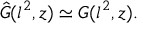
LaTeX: \hat { G } ( l ^ { 2 } , z ) \simeq G ( l ^ { 2 } , z ) .